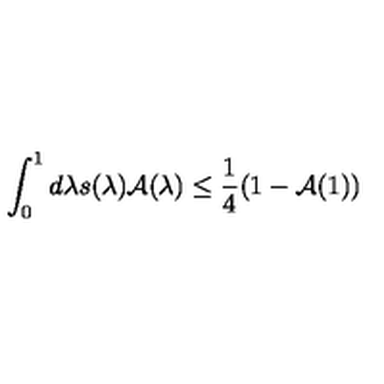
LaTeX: \int _ { 0 } ^ { 1 } d \lambda s ( \lambda ) \mathcal { A } ( \lambda ) \leq \frac { 1 } { 4 } ( 1 - \mathcal { A } ( 1 ) )